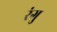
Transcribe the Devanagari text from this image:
रंगु